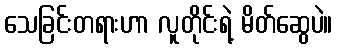
သေခြင်းတရားဟာ လူတိုင်းရဲ့ မိတ်ဆွေပဲ။